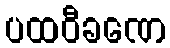
ပထဝီခဏေ